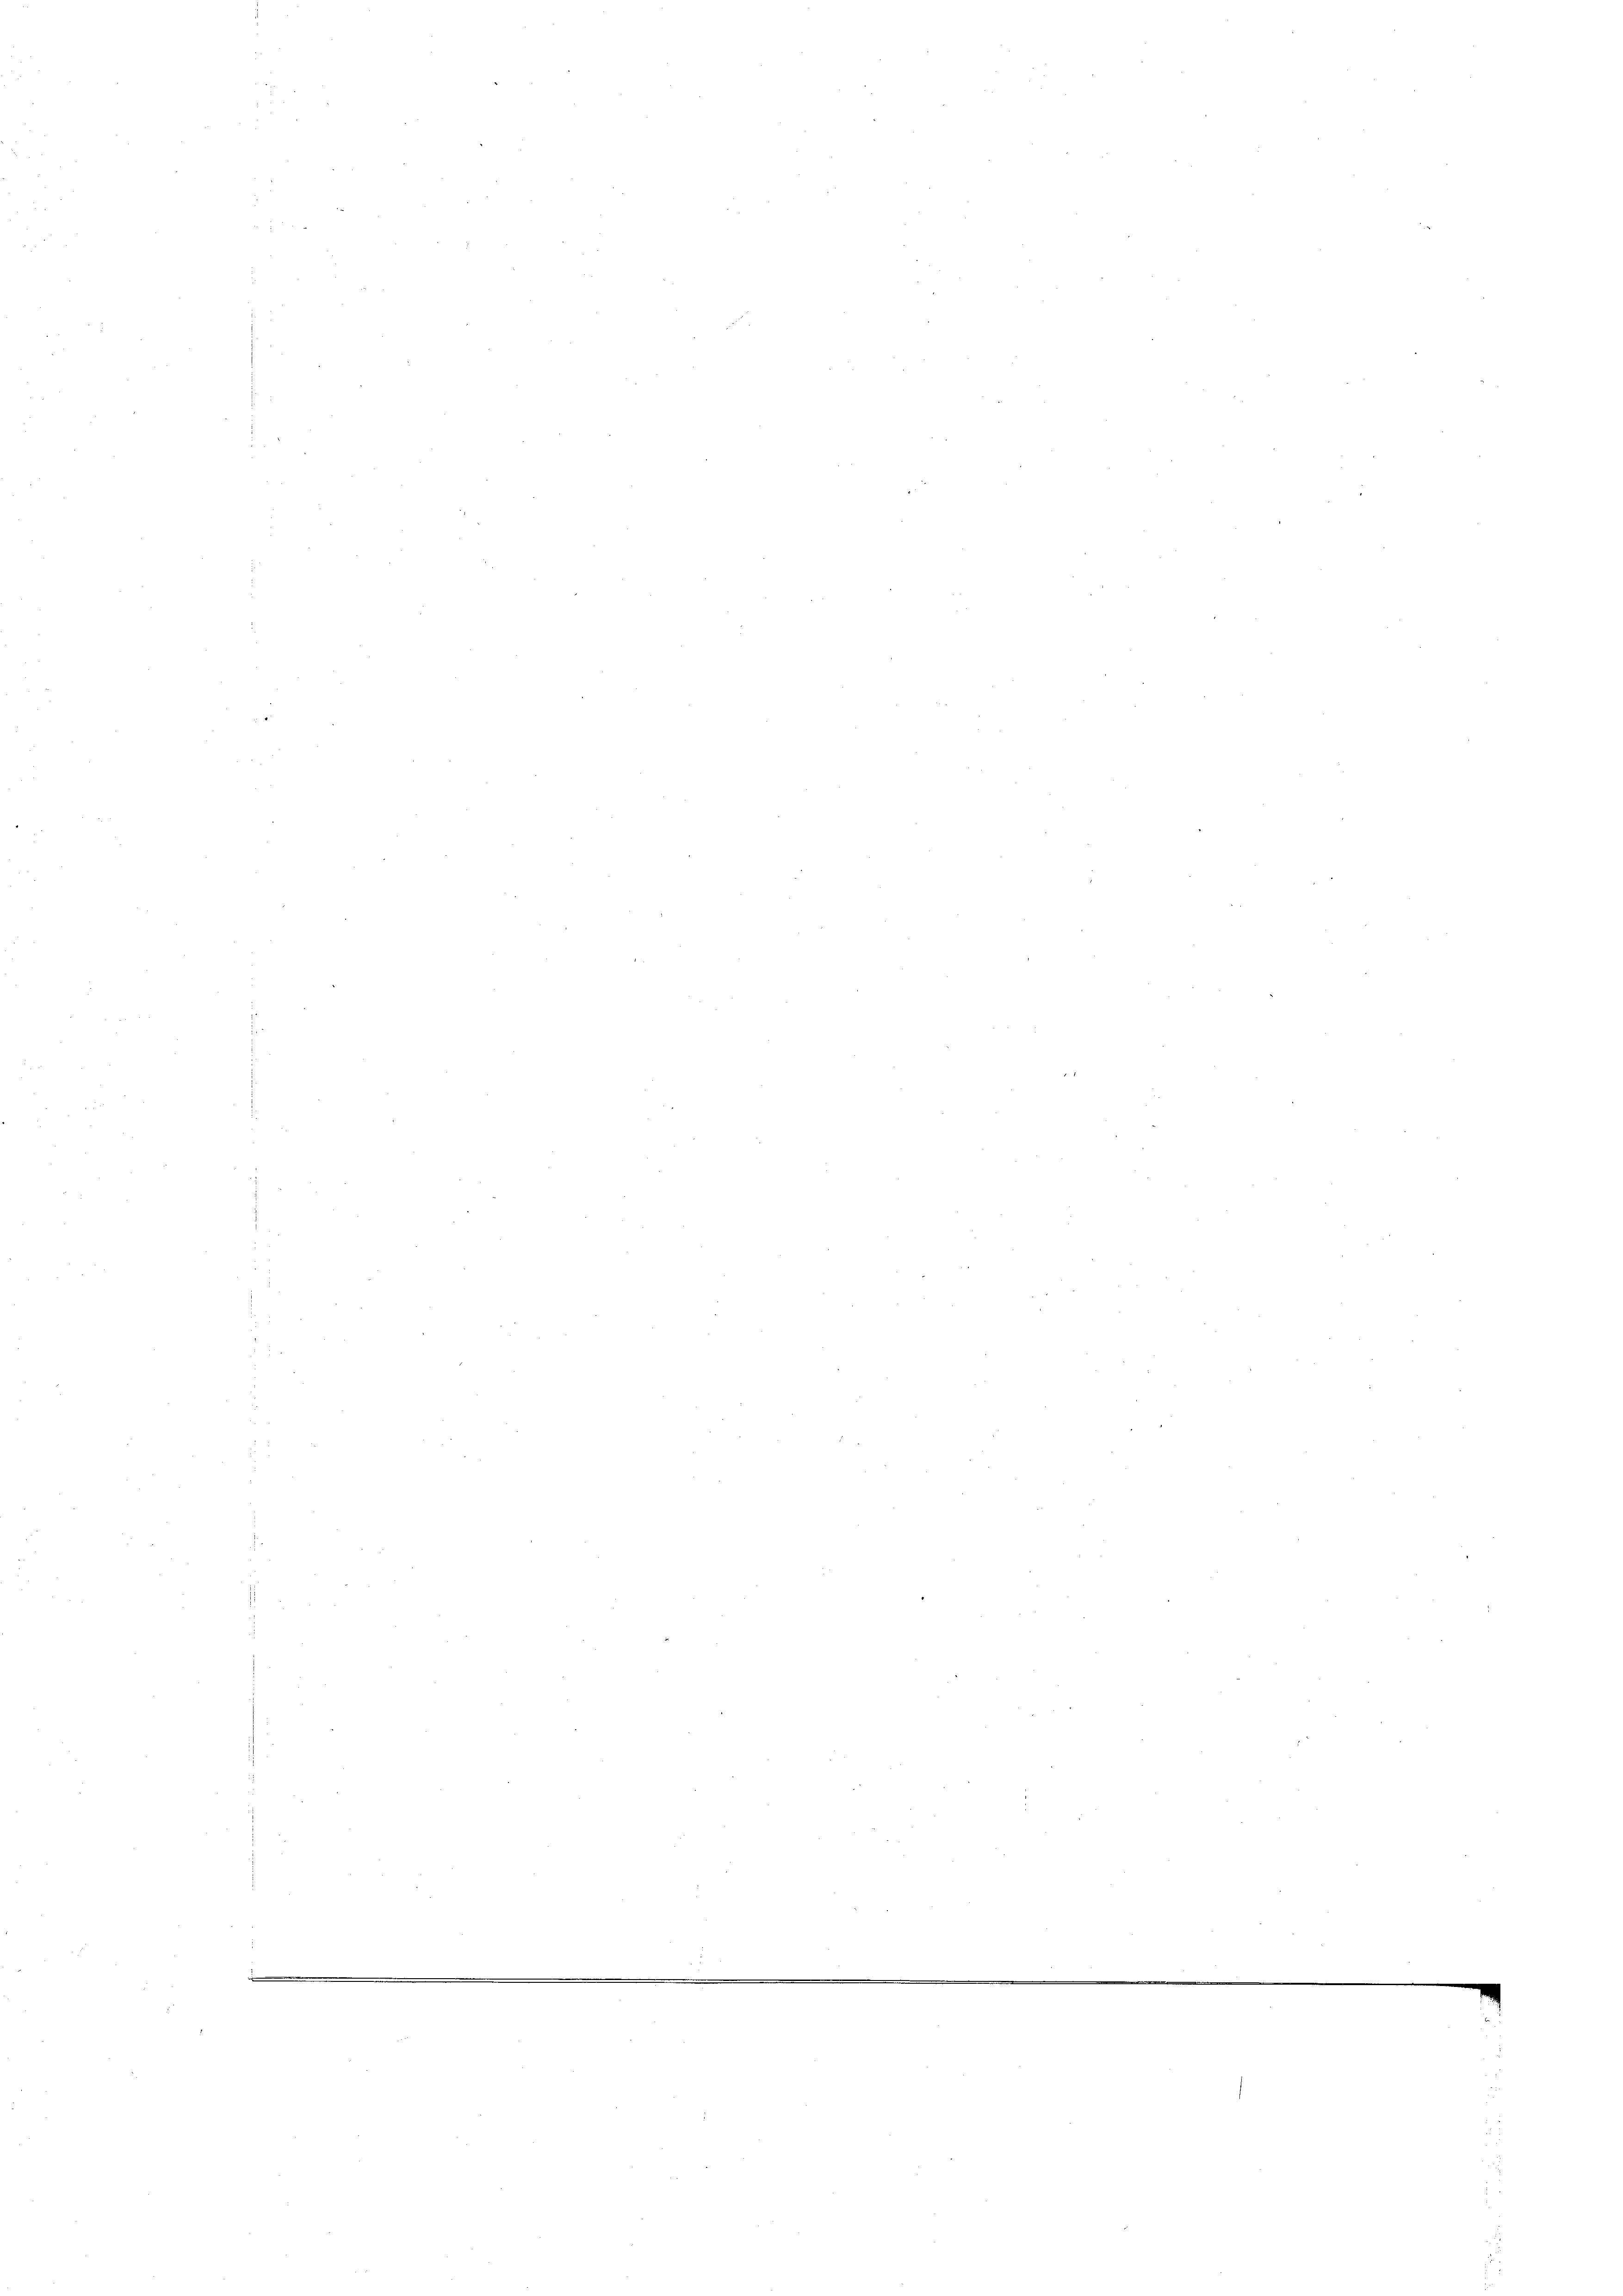
i